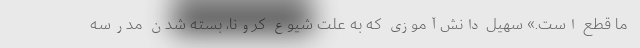
ما قطع است.» سهیل دانش‌آموزی که به علت شیوع کرونا، بسته شدن مدرسه